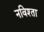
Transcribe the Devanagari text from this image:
नविश्ता